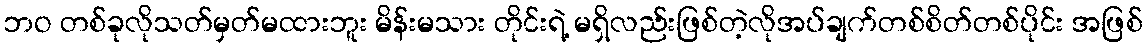
ဘဝ တစ်ခုလိုသတ်မှတ်မထားဘူး မိန်းမသား တိုင်းရဲ့ မရှိလည်းဖြစ်တဲ့လိုအပ်ချက်တစ်စိတ်တစ်ပိုင်း အဖြစ်